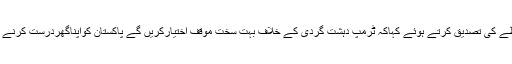
ساجدتارڑنے رابطے کی تصدیق کرتے ہوئے کہاکہ ٹرمپ دہشت گردی کے خلاف بہت سخت موقف اختیارکریں گے پاکستان کواپناگھردرست کرنے کی ضرورت ہے۔